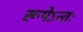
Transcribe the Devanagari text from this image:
रूपेऽन्तः